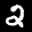
Label: 2